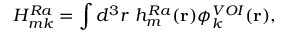
H _ { m k } ^ { R a } = \int d ^ { 3 } r ~ h _ { m } ^ { R a } ( \mathbf { r } ) \phi _ { k } ^ { V O I } ( \mathbf { r } ) ,